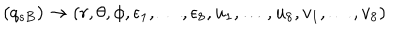
( q _ { s B } ) \rightarrow ( r , \theta , \phi , \epsilon _ { 1 } , \dots , \epsilon _ { 8 } , u _ { 1 } , \dots , u _ { 8 } , v _ { 1 } , \dots , v _ { 8 } )